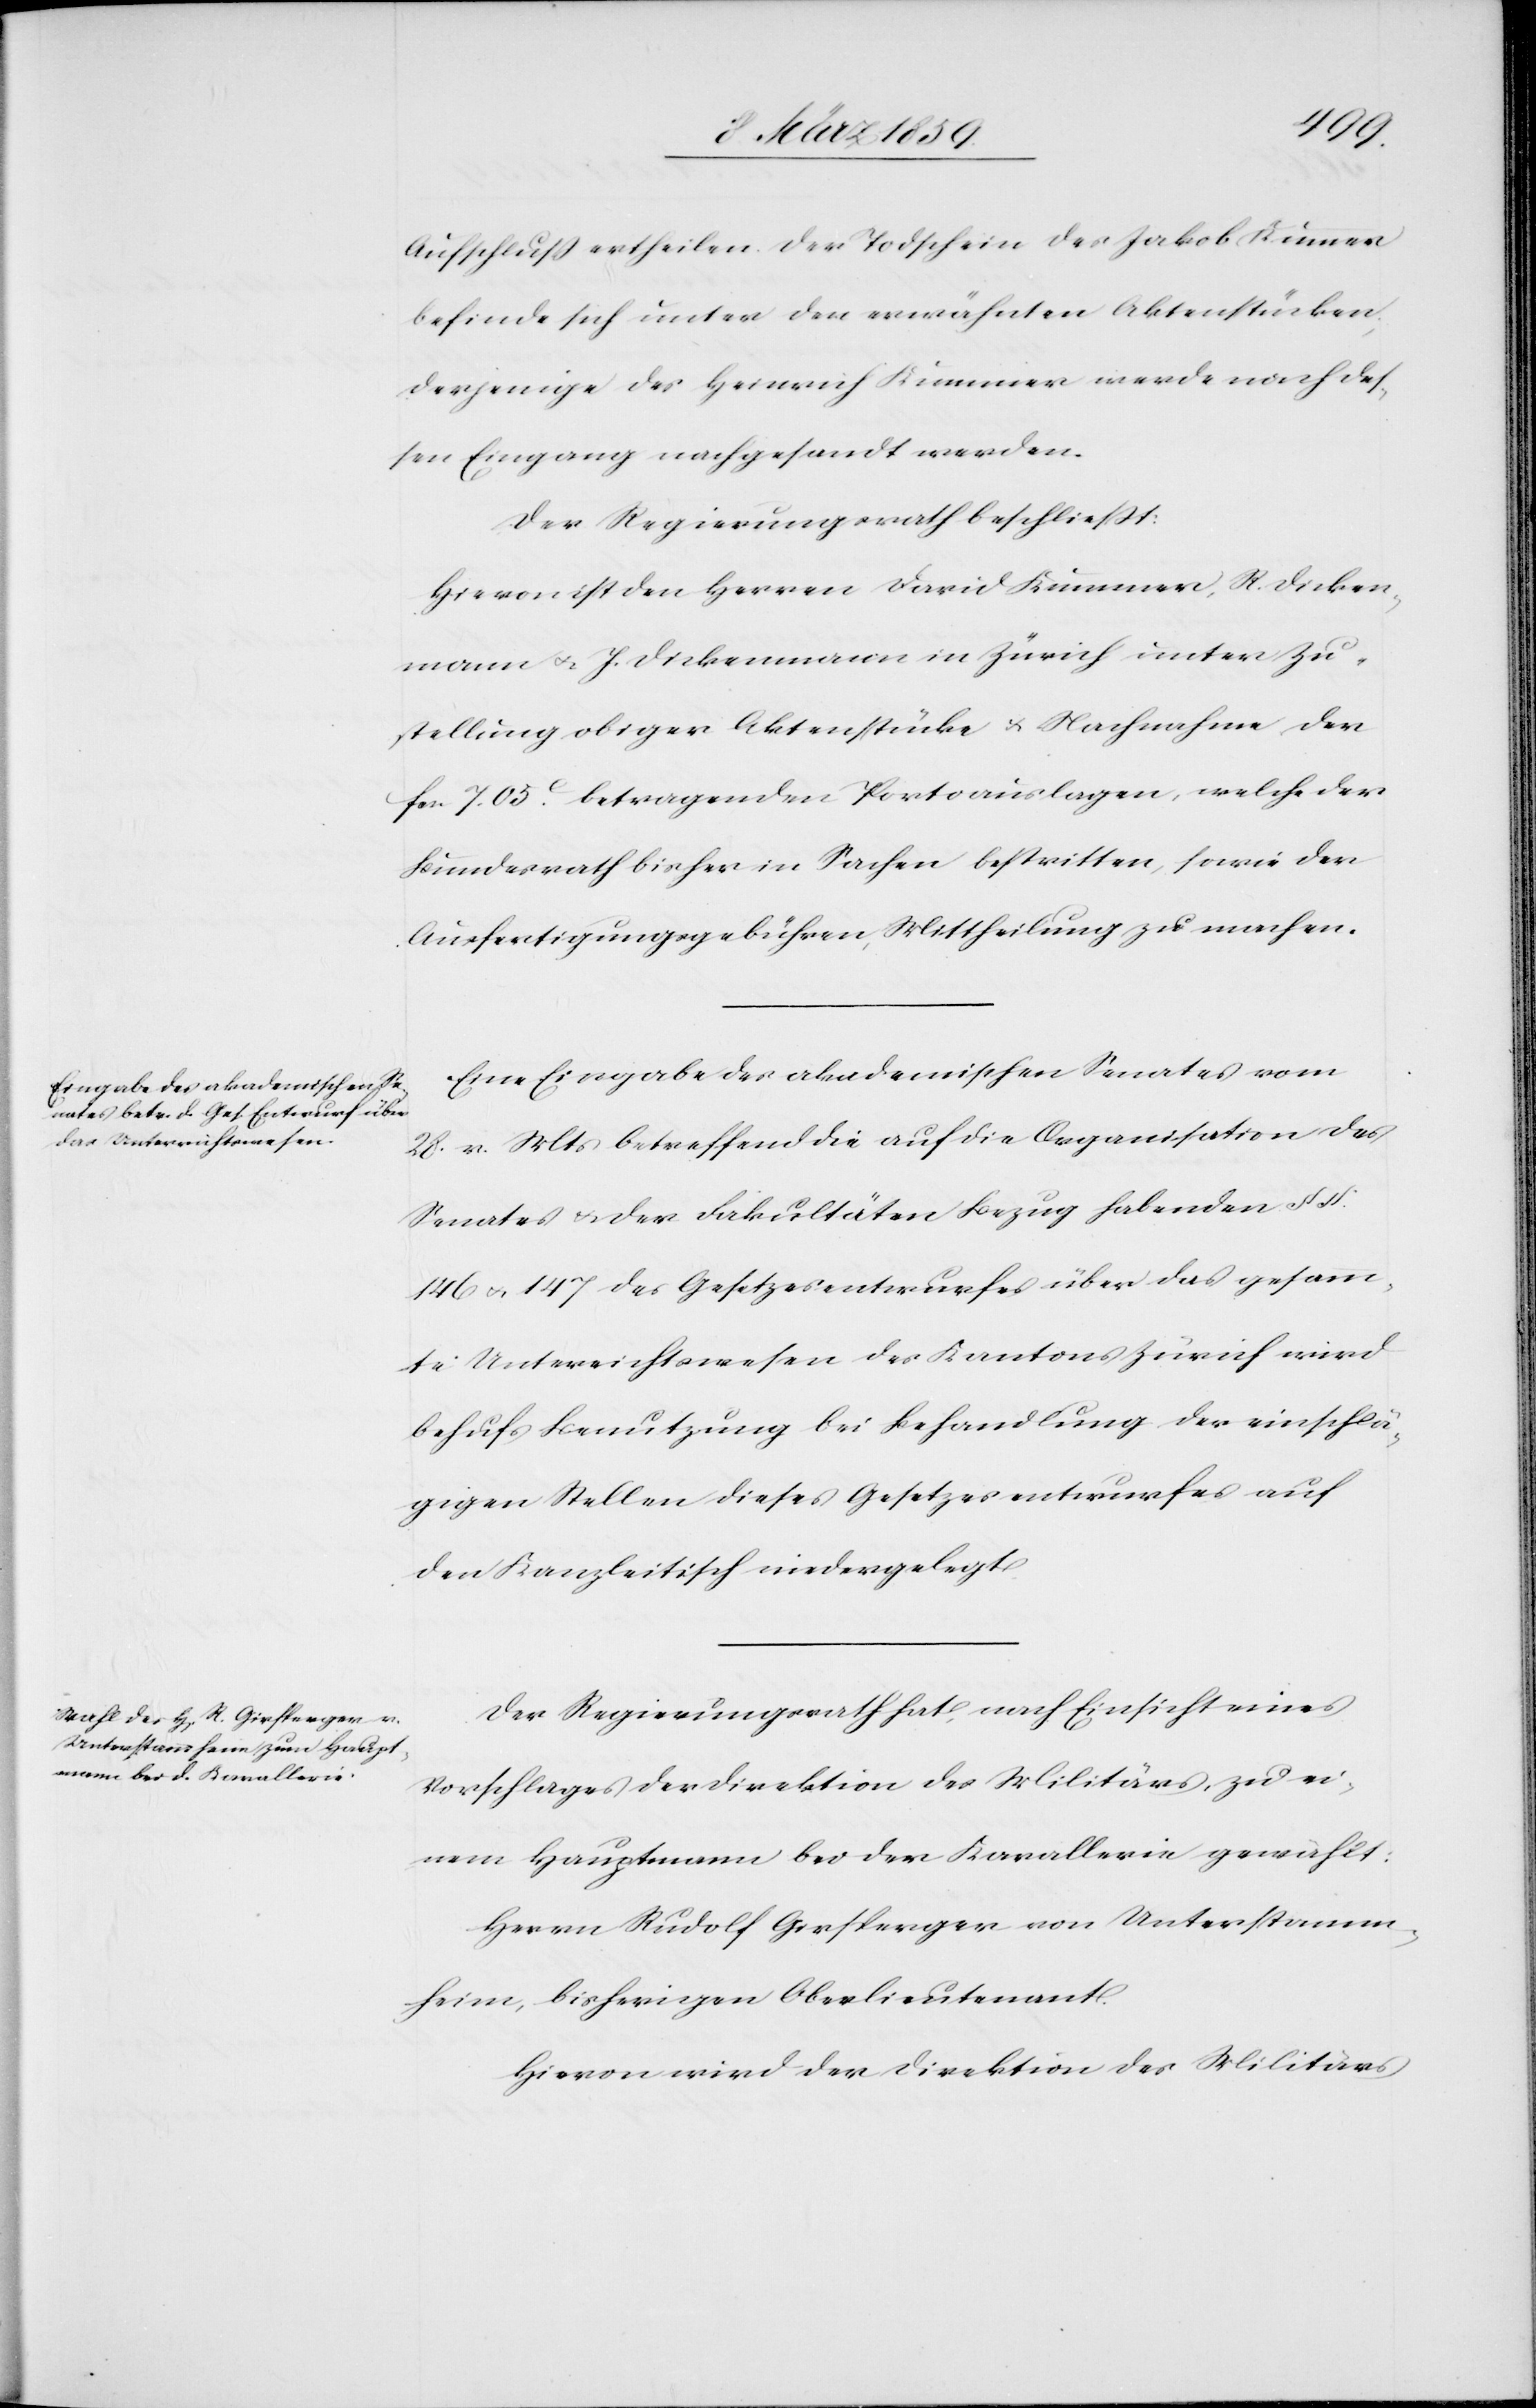
Aufschluß ertheilen. Der Todschein des Jakob Kummer
befinde sich unter den erwähnten Aktenstücken;
derjenige des Heinrich Kummer werde nach des¬
sen Eingang nachgesandt werden.
Der Regierungsrath beschließt:
Hievon ist den Herren David Kummer, R. Dicken¬
mann u. J. Dickenmann in Zürich unter Zu¬
stellung obiger Aktenstücke u. Nachnahme der
fcs. 7. 05 c. betragenden Portoauslagen, welche der
Bundesrath bisher in Sachen bestritten, sowie der
Ausfertigungsgebühren, Mittheilung zu machen.
Eine Eingabe des akademischen Senates vom
28. v. Mts betreffend die auf die Organisation des
Senates u. der Fakultäten Bezug habenden § §.
146 u. 147 des Gesetzesentwurfes über das gesamm¬
te Unterrichtswesen des Kantons Zürich wird
behufs Benutzung bei Behandlung der einschlä¬
gigen Stellen dieses Gesetzesentwurfes auf
den Kanzleitisch niedergelegt.
Der Regierungsrath hat, nach Einsicht eines
Vorschlages der Direktion des Militärs, zu ei¬
nem Hauptmann bei der Kavallerie gewählt:
Herrn Rudolf Girsperger von Unterstamm¬
heim, bisherigen Oberlieutenant.
Hievon wird der Direktion des Militärs